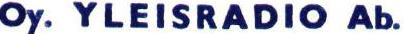
Oy. YLEISRADIO Ab.